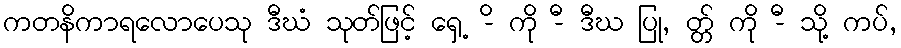
ကတနိကာရလောပေသု ဒီဃံ သုတ်ဖြင့် ရှေ့ -ိ ကို -ီ ဒီဃ ပြု, တ္တ် ကို -ီ သို့ ကပ်,